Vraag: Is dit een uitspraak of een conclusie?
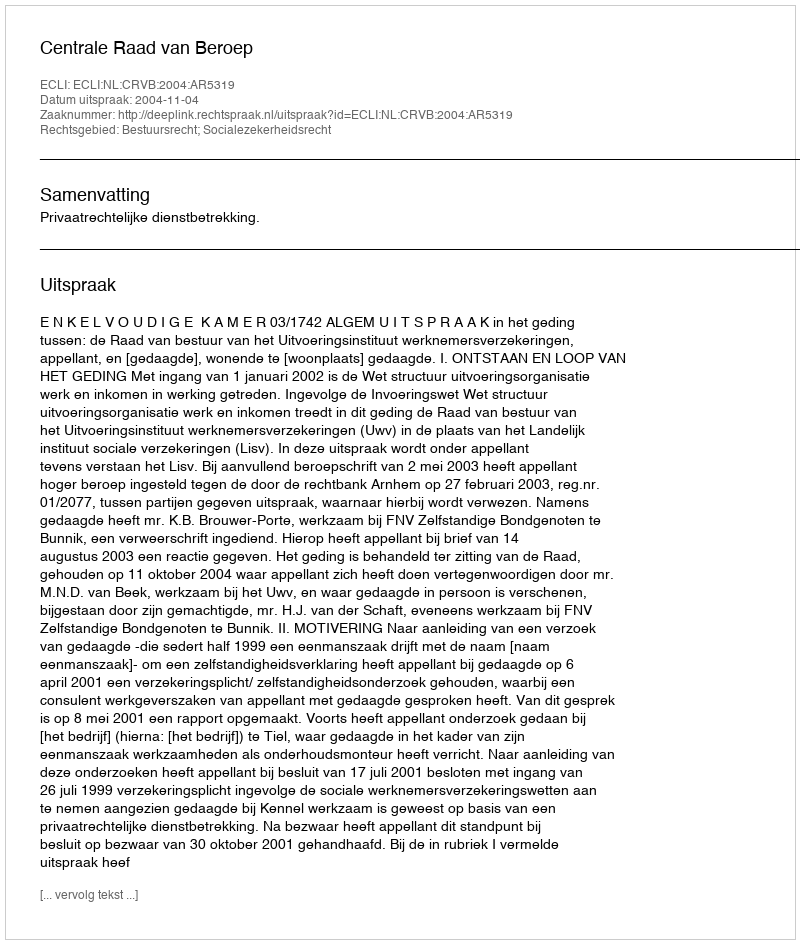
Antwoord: Uitspraak